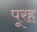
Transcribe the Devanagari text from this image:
पूरह